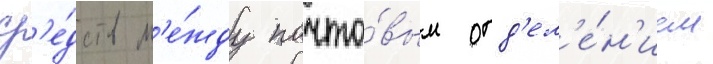
ср'е́дств м'е́жду почто́вым отд'ел'е́н'ием